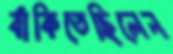
বাঁকিতেছিলেন